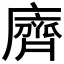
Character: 𪗆